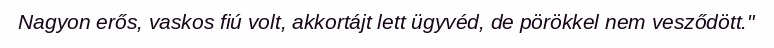
Nagyon erős, vaskos fiú volt, akkortájt lett ügyvéd, de pörökkel nem vesződött."